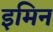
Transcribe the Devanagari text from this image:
इमिन